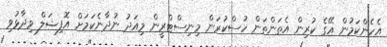
އެހެންކަމުން އޭގެ ކުރިން އެތަންތަން ހުސްކުރަން މިނިސްޓްރީން މިއަދު ނުދާނެކަމަށް އޮފިޝަލް ވިދާޅުވި